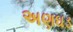
અણઘડ